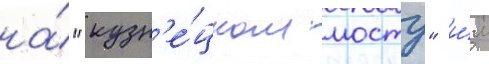
на́ "кузн'е́цком мосту" и́м